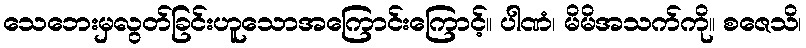
သေဘေးမှလွတ်ခြင်းဟူသောအကြောင်းကြောင့်။ ပါဏံ၊ မိမိအသက်ကို။ စဇေသိ၊